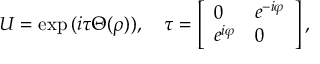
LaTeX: U = \exp \, ( i \tau \Theta ( \rho ) ) , \quad \tau = \left[ \begin{array} { l l } { { 0 } } & { { e ^ { - i \varphi } } } \\ { { e ^ { i \varphi } } } & { { 0 } } \end{array} \right] ,